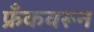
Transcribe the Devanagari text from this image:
फ्रँकवरून